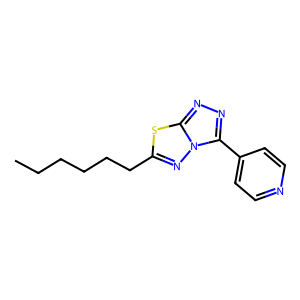
SMILES: CCCCCCc1nn2c(-c3ccncc3)nnc2s1
Inhibits HIV replication: No